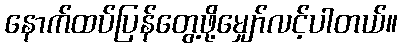
နောက်ထပ်ပြန်တွေ့ဖို့မျှော်လင့်ပါတယ်။